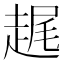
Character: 趘